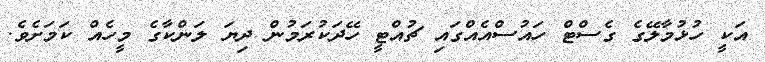
އަކީ ހުޅުމާލޭގެ ގެސްޓް ހައުސްއެއްގައި ޗުއްޓީ ހޭދަކުރަމުން ދިޔަ ލަންކާގެ މީހެއް ކަމަށެވެ.